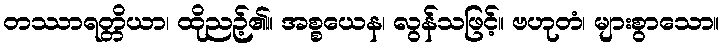
တဿာရတ္တိယာ၊ ထိုညဉ့်၏။ အစ္စယေန၊ လွန်သဖြင့်။ ဗဟုတံ၊ များစွာသော။